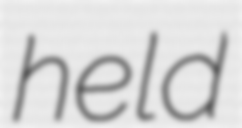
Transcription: held